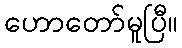
ဟောတော်မူပြီ။